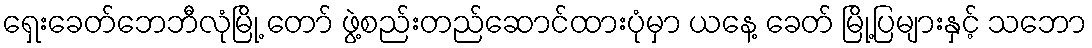
ရှေးခေတ်ဘေဘီလုံမြို့ တော် ဖွဲ့စည်းတည်ဆောင်ထားပုံမှာ ယနေ့ ခေတ် မြို့ပြများနှင့် သဘော